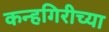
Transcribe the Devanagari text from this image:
कन्हगिरीच्या